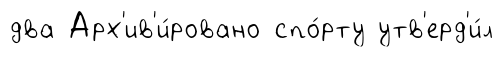
два Арх'ив'и́ровано спо́рту утв'ерд'и́л